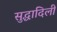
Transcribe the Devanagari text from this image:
सुद्धादिली